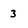
Character: 3